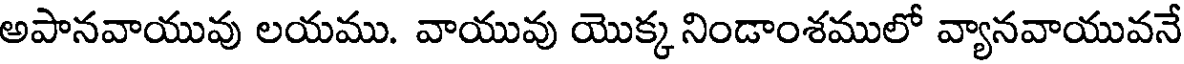
అపానవాయువు లయము. వాయువు యొక్క నిండాంశములో వ్యానవాయువనే